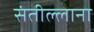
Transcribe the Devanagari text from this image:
संतील्लाना